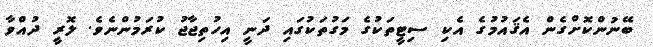
ބޭނުންކޮށްގެން އެޤައުމުގެ އެކި ސިޓީތަކުގެ މަގުތަކުގައި ދަނީ އިހުތިޖާޖު ކުރަމުންނެވެ. ލޮރީ ދުއްވާ